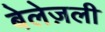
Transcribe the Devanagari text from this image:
बेलेज़ली